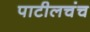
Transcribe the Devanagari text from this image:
पाटीलचंच